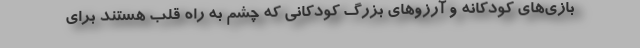
بازی‌های کودکانه و آرزوهای بزرگ کودکانی که چشم به راه قلب هستند برای